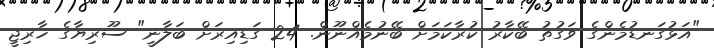
"އަޅުގަނޑުމެންގެ ވަގުތު ބޭކާރު ކުރާކަމަށް ބޭނުމެއްނޫން. 24 ގަޑިއިރަށް ބަލާނީ" ސޫރިޔާގެ ޚާރިޖީ